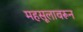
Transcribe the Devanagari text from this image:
महसूलावरून